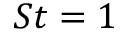
S t = 1